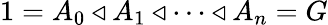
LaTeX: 1=A_{0}\triangleleft A_{1}\triangleleft\cdots\triangleleft A_{n}=G